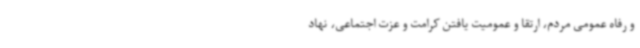
و رفاه عمومی مردم، ارتقا و عمومیت یافتن کرامت و عزت اجتماعی، نهاد